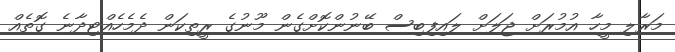
މަރާލި މީހާ އުމުރަށް ޖަލަށް ލައިފިބިސް ބޭނުންކޮށްގެން މޫނުގެ ރީތިކަން ދެމެހެއްޓިދާނެ ގޮތެއް